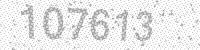
Solution: 107613